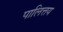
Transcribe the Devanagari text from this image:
पालित्तय